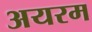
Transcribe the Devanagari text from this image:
अयरम